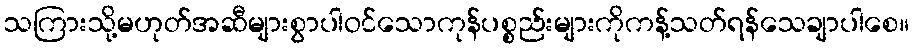
သကြားသို့မဟုတ်အဆီများစွာပါဝင်သောကုန်ပစ္စည်းများကိုကန့်သတ်ရန်သေချာပါစေ။